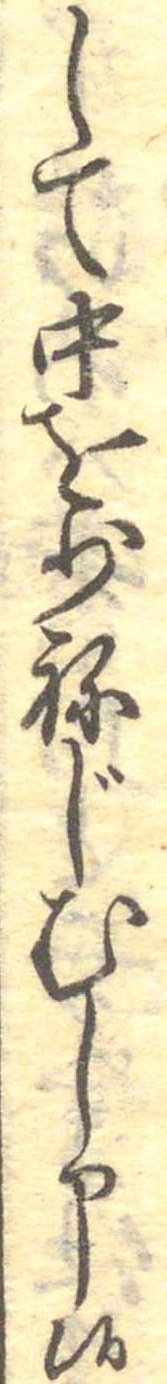
して中を少ねじむし申候